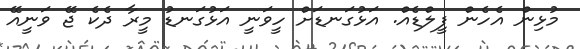
މުޅިން އެހެން ފީލްޑެއް. އަޅުގަނޑަށް ހީވަނީ އަޅުގަނޑު މީރާ ދެކެ ޖޭ ވަނީއޭ